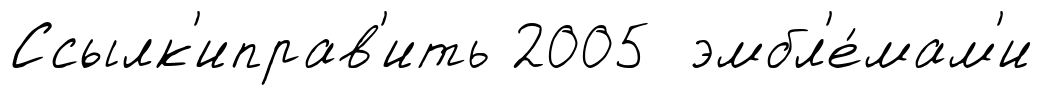
Ссылк'иправ'ить 2005 эмбл'е́мам'и